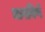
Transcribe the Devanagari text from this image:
मागविणे